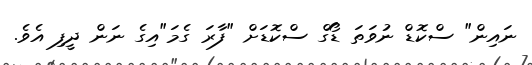
ނައިން" ސްކޮޑް ނުވަތަ ޑޯގް ސްކޮޑަށް "ފާރަ ގެމަ"އިގެ ނަން ދީފި އެވެ.